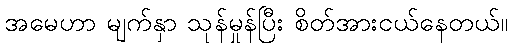
အမေဟာ မျက်နှာ သုန်မှုန်ပြီး စိတ်အားငယ်နေတယ်။